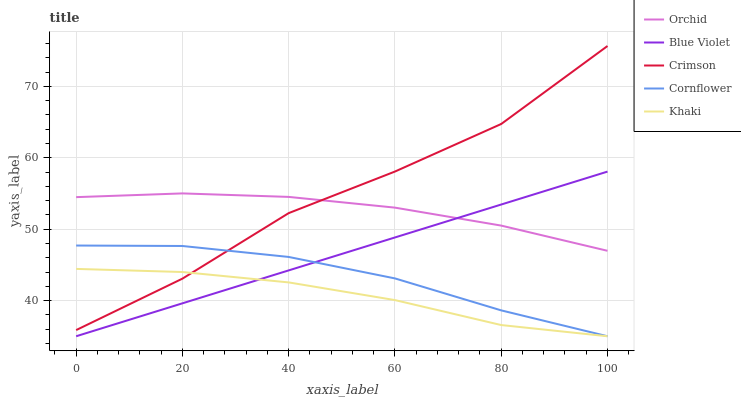
| xaxis_label | Orchid | Blue Violet | Crimson | Cornflower | Khaki |
 | --- | --- | --- | --- | --- | --- |
 | 0 | 54.5 | 35 | 35.9 | 47.7 | 44.4 |
 | 20 | 55 | 39.6 | 43.1 | 47.6 | 44 |
 | 40 | 54.5 | 44.2 | 52.2 | 46.1 | 42.5 |
 | 60 | 53 | 48.8 | 58.1 | 43.1 | 40.1 |
 | 80 | 50.5 | 53.5 | 64.7 | 38.6 | 36.6 |
 | 100 | 47 | 58.1 | 75.7 | 35 | 35 |